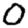
Digit: 0